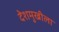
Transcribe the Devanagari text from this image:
देशमुखीला